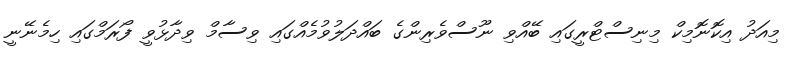
މިއަދު އިކޮނޮމިކް މިނިސްޓްރީގައި ބޭއްވި ނޫސްވެރިންގެ ބައްދަލުވުމެއްގައި ވިސާމް ވިދާޅުވީ ފޯރަމްގައި ހިމެނޭނީ